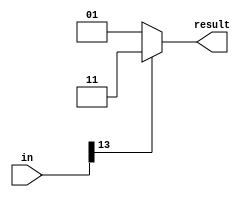
module sign(input signed [13:0] in, output signed [1:0] result);
assign result = (in[13]==0)?2'b01:2'b11;
endmodule